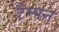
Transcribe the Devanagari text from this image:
टैम्पन